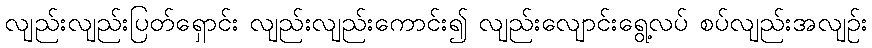
လျည်းလျည်းပြတ်ရှောင်း လျည်းလျည်းကောင်း၍ လျည်းလျောင်းရွေ့လပ် စပ်လျည်းအလျဉ်း